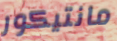
مانتيكور